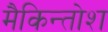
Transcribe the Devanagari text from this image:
मैकिन्तोश